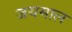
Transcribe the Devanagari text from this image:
जयमाल